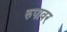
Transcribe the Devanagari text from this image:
रुपावर